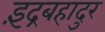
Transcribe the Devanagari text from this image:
इंद्रबहादुर